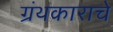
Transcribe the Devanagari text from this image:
ग्रंथकाराचे